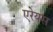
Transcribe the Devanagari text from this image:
एरेयस